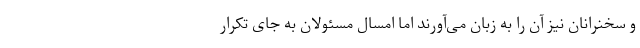
و سخنرانان نیز آن را به زبان می‌آورند اما امسال مسئولان به جای تکرار